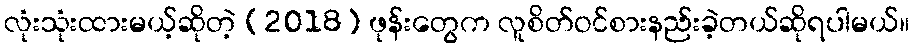
လုံးသုံးထားမယ့်ဆိုတဲ့ (2018) ဖုန်းတွေက လူစိတ်ဝင်စားနည်းခဲ့တယ်ဆိုရပါမယ်။